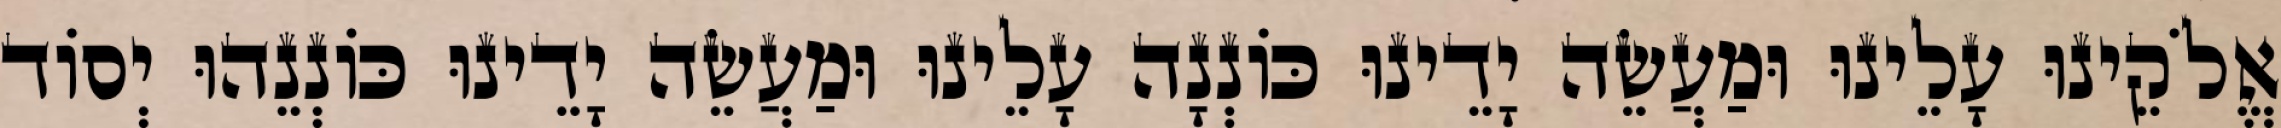
אֱלֹקֵינוּ עָלֵינוּ וּמַעֲשֵׂה יָדֵינוּ כּוֹנְנָה עָלֵינוּ וּמַעֲשֵׂה יָדֵינוּ כּוֹנְנֵהוּ יְסוֹד